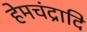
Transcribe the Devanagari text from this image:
हेमचंद्रादि